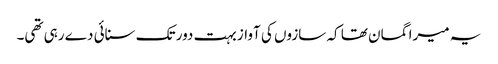
یہ میرا گمان تھا کہ سازوں کی آواز بہت دور تک سنائی دے رہی تھی۔